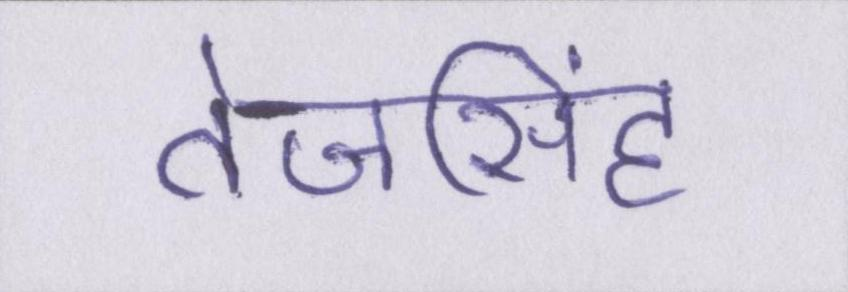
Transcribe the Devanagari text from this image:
तेजसिंह